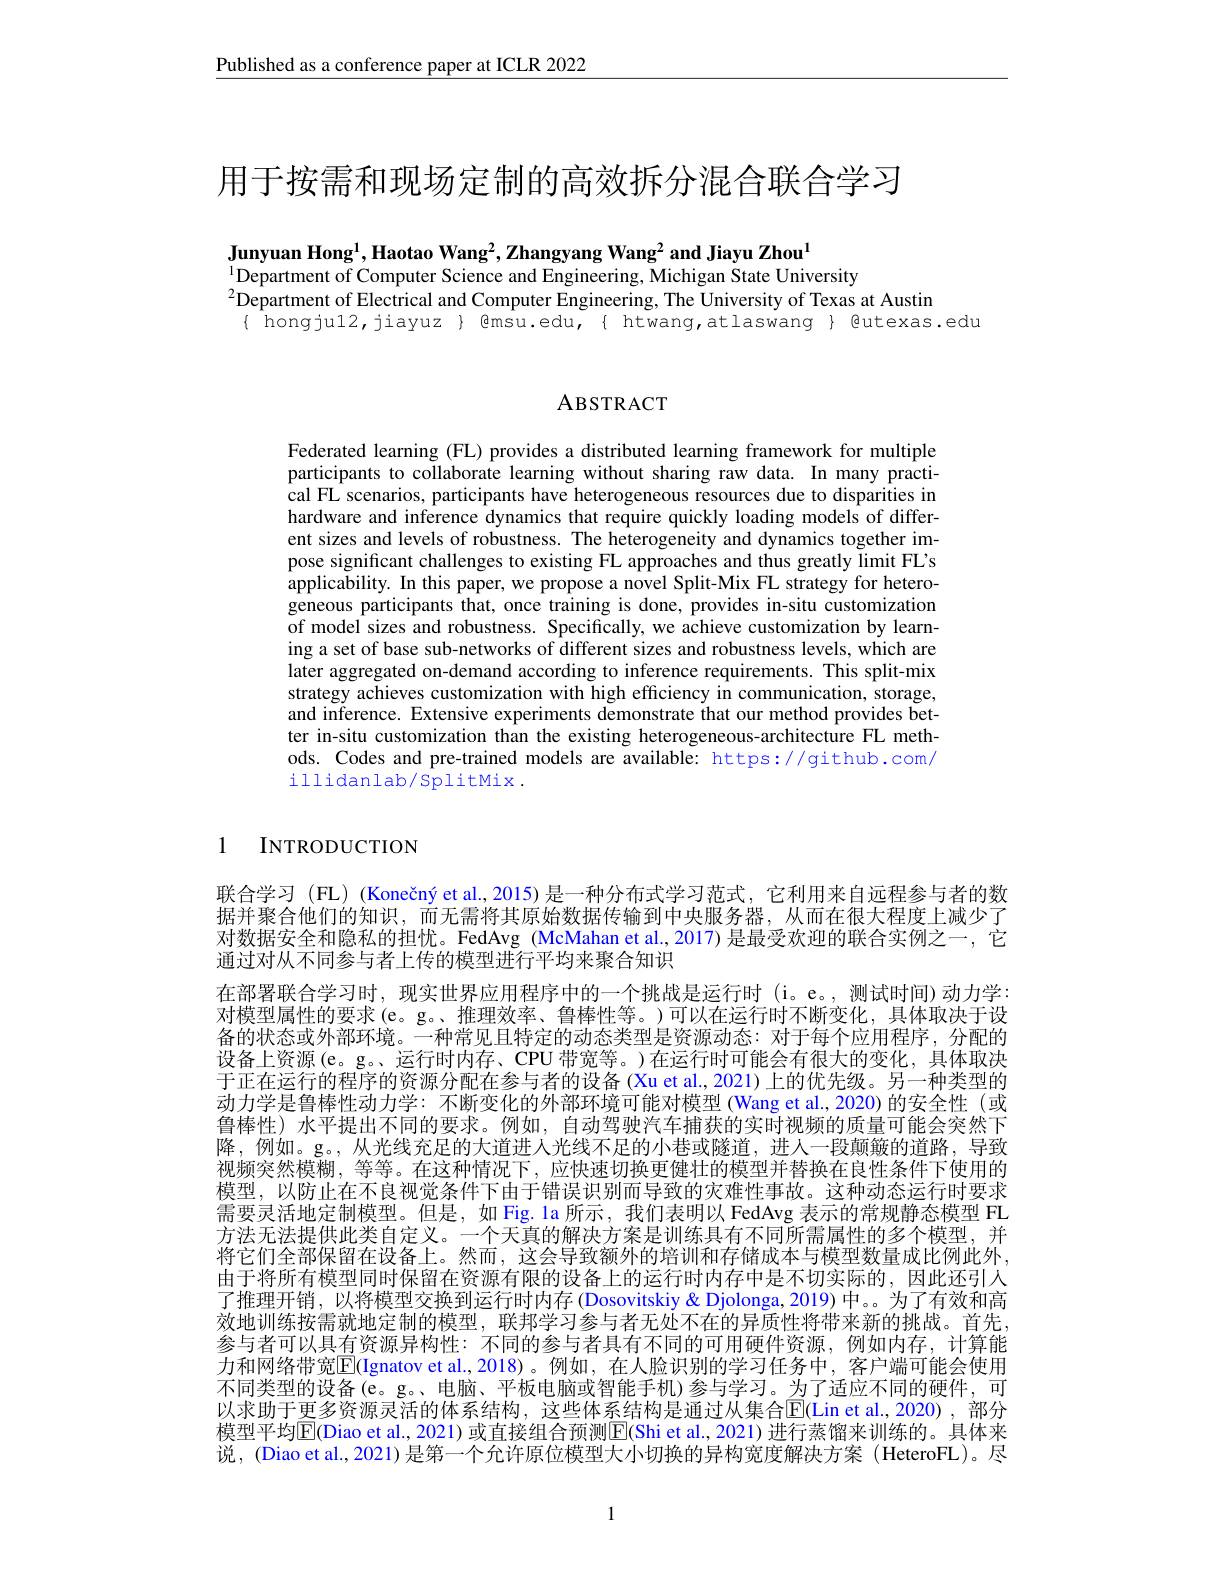
Published as a conference paper at ICLR 2022

用于按需和现场定制的高效拆分混合联合学习

Junyuan Hong$^1$,Haotao Wang$^2$,Zhangyang Wang$^2$ and Jiayu Zhou$^{1}$
$\overset{1}{\operatorname*{\text{Department of Computer Science and Engineering, Michigan State University}}}$
$^{2}$Department of Electrical and Computer Engineering, The University of Texas at Austin
{ hongjul2, jiayuz } @msu.edu, { htwang,atlaswang } @utexas.edu

ABSTRACT

Federated learning (FL) provides a distributed learning framework for multiple participants to collaborate learning without sharing raw data. In many practical FL scenarios, participants have heterogeneous resources due to disparities in hardware and inference dynamics that require quickly loading models of different sizes and levels of robustness. The heterogeneity and dynamics together impose significant challenges to existing FL approaches and thus greatly limit FL's applicability. In this paper, we propose a novel Split-Mix FL strategy for heterogeneous participants that, once training is done, provides in-situ customization of model sizes and robustness. Specifically, we achieve customization by learning a set of base sub-networks of different sizes and robustness levels, which are later aggregated on-demand according to inference requirements. This split-mix strategy achieves customization with high efficiency in communication, storage, and inference. Extensive experiments demonstrate that our method provides better in-situ customization than the existing heterogeneous-architecture FL methods. Codes and pre-trained models are available: https://github.com/ illidanlab/splitMix .

### 1 INTRODUCTION

联合学习 (FL) (Konečný et al., 2015) 是一种分布式学习范式，它利用来自远程参与者的数据并聚合他们的知识，而无需将其原始数据传输到中央服务器，从而在很大程度上减少了对数据安全和隐私的担忧。FedAvg (McMahan et al.,2017)是最受欢迎的联合实例之一，它通过对从不同参与者上传的模型进行平均来聚合知识
在部署联合学习时，现实世界应用程序中的一个挑战是运行时 (i。e。,测试时间)动力学： 对模型属性的要求(e。g。、推理效率、鲁棒性等。)可以在运行时不断变化，具体取决于设备的状态或外部环境。一种常见且特定的动态类型是资源动态：对于每个应用程序，分配的设备上资源(e。g。、运行时内存、CPU 带宽等。)在运行时可能会有很大的变化，具体取决于正在运行的程序的资源分配在参与者的设备 (Xu et al., 2021) 上的优先级。另一种类型的动力学是鲁棒性动力学：不断变化的外部环境可能对模型 (Wang et al.,2020)的安全性 (或鲁棒性) 水平提出不同的要求。例如，自动驾驶汽车捕获的实时视频的质量可能会突然下降，例如。g。,从光线充足的大道进入光线不足的小巷或隧道，进人一段颠簸的道路，导致视频突然模糊，等等。在这种情况下，应快速切换更健壮的模型并替换在良性条件下使用的模型，以防止在不良视觉条件下由于错误识别而导致的灾难性事故。这种动态运行时要求需要灵活地定制模型。但是，如 Fig. la 所示，我们表明以 FedAvg 表示的常规静态模型 FL 方法无法提供此类自定义。一个天真的解决方案是训练具有不同所需属性的多个模型，并将它们全部保留在设备上。然而，这会导致额外的培训和存储成本与模型数量成比例此外， 由于将所有模型同时保留在资源有限的设备上的运行时内存中是不切实际的，因此还引人了推理开销，以将模型交换到运行时内存 (Dosovitskiy& Djolonga, 2019) 中。为了有效和高效地训练按需就地定制的模型，联邦学习参与者无处不在的异质性将带来新的挑战。首先， 参与者可以具有资源异构性：不同的参与者具有不同的可用硬件资源，例如内存，计算能力和网络带宽$\mathbb{E}$(Ignatov et al.,2018)。例如，在人脸识别的学习任务中，客户端可能会使用不同类型的设备(e。g。、电脑、平板电脑或智能手机)参与学习。为了适应不同的硬件，可以求助于更多资源灵活的体系结构，这些体系结构是通过从集合$\overline{\mathrm{E}}($Lin et al.,2020),部分模型平均$\mathbb{E}($Diao et al., 2021) 或直接组合预测$\mathbb{E}($Shi et al., 2021) 进行蒸馏来训练的。具体来说，(Diao et al.,2021) 是第一个允许原位模型大小切换的异构宽度解决方案 (HeteroFL)。尽

1